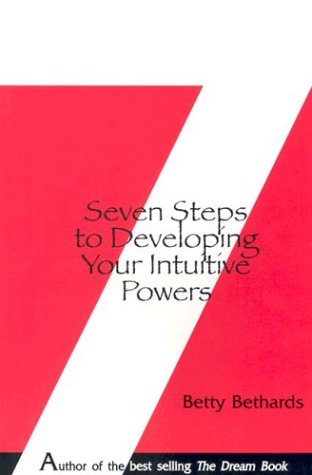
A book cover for Seven Steps to Developing Your Intuitive Powers: An Interactive Workbook; Betty Bethards; Self-Help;